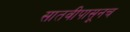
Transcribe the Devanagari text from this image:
सातवीपासूनच